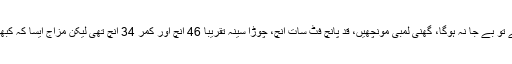
انھیں مشرق کا ہرلوکیس کہا جائے تو بے جا نہ ہوگا، گھنی لمبی مونچھیں، قد پانچ فٹ سات انچ، چوڑا سینہ تقریبا 46 انچ اور کمر 34 انچ تھی لیکن مزاج ایسا کہ کبھی کسی کمزور پر ہاتھ نہیں اٹھایا۔